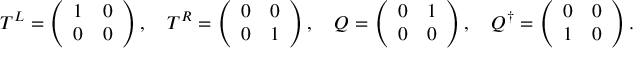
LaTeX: T ^ { L } = \left( \begin{array} { l l } { { 1 } } & { { 0 } } \\ { { 0 } } & { { 0 } } \end{array} \right) , ~ ~ ~ T ^ { R } = \left( \begin{array} { l l } { { 0 } } & { { 0 } } \\ { { 0 } } & { { 1 } } \end{array} \right) , ~ ~ ~ Q = \left( \begin{array} { l l } { { 0 } } & { { 1 } } \\ { { 0 } } & { { 0 } } \end{array} \right) , ~ ~ ~ Q ^ { \dagger } = \left( \begin{array} { l l } { { 0 } } & { { 0 } } \\ { { 1 } } & { { 0 } } \end{array} \right) .